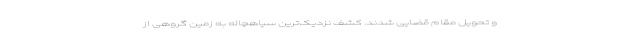
و تحویل مقام قضایی شدند. کشف نزدیک‌ترین سیاهچاله به زمین گروهی از